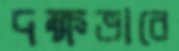
দক্ষভাবে